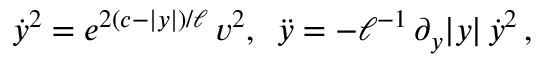
\dot { y } ^ { 2 } = e ^ { 2 ( c - | y | ) / \ell } \, v ^ { 2 } , \, \, \, \ddot { y } = - \ell ^ { - 1 } \, \partial _ { y } | y | \, \dot { y } ^ { 2 } \, ,